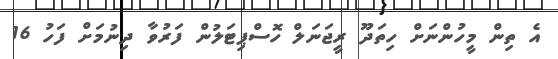
އެ ތިން މީހުންނަށް ހިތަދޫ ރީޖަނަލް ހޮސްޕިޓަލުން ފަރުވާ ދިނުމަށް ފަހު 16